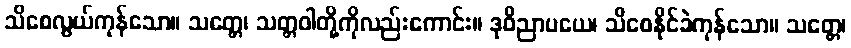
သိစေလွယ်ကုန်သော။ သတ္တေ၊ သတ္တဝါတို့ကိုလည်းကောင်း။ ဒုဝိညာပယေ၊ သိစေနိုင်ခဲကုန်သော။ သတ္တေ၊